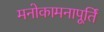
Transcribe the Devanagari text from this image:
मनोकामनापूर्ति